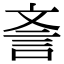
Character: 𣁎